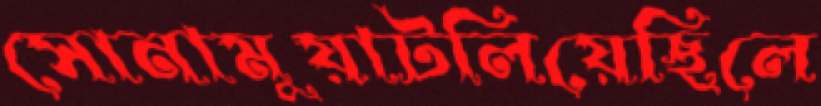
সোনামুয়াটলিয়েছিলে